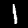
Digit: 1